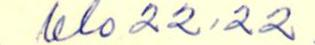
klo 22:22